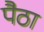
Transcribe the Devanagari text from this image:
पैठा